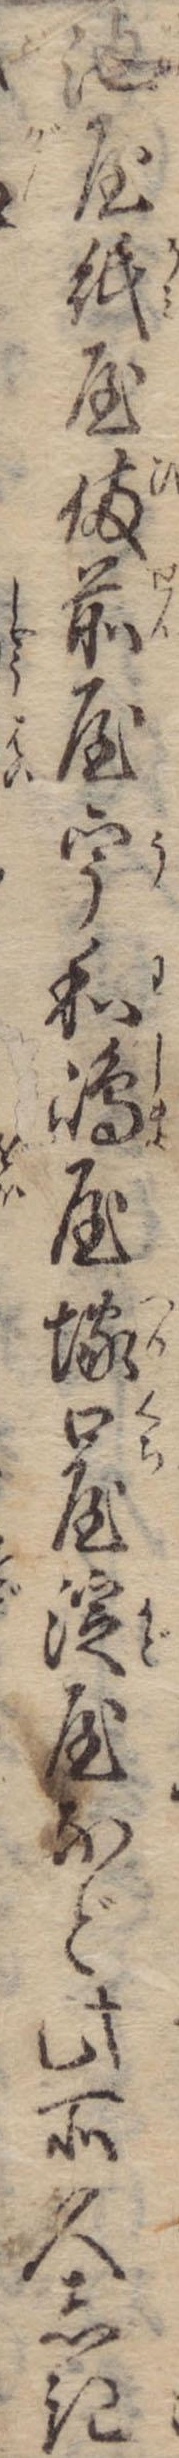
池屋紙屋備前屋宇和島屋塚口屋淀屋など此所久しき